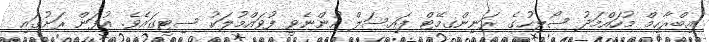
އިބްރާހިމް މުހައްމަދު ސޯލިހުގެ ރަނިންގމޭޓް ފައިސަލް ހުންނެވީ ފުވައްމުލަކު ސިޓީގައެވެ. އުފަން ރަށުގައި